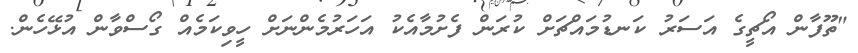
"ތޫފާން އޯޗީގެ އަސަރު ކަނޑުމައްޗަށް ކުރަން ފެށުމާއެކު އަހަރުމެންނަށް ހީވިކަމެއް ގޯސްވާން އުޅޭހެން.